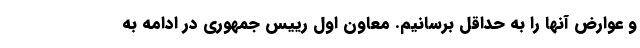
و عوارض آنها را به حداقل برسانیم. معاون اول رییس جمهوری در ادامه به